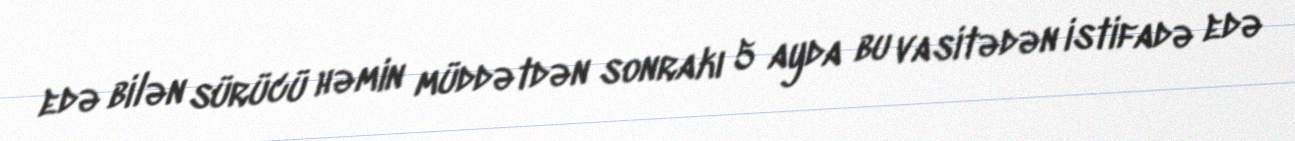
edə bilən sürücü həmin müddətdən sonrakı 5 ayda bu vasitədən istifadə edə